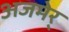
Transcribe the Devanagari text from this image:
अजमेर्